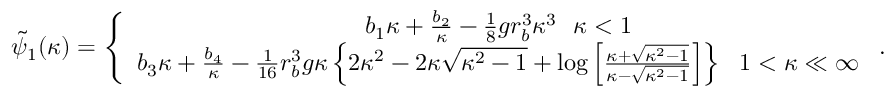
\begin{array} { r } { \tilde { \psi } _ { 1 } ( \kappa ) = \left\{ \begin{array} { c } { b _ { 1 } \kappa + \frac { b _ { 2 } } { \kappa } - \frac { 1 } { 8 } g r _ { b } ^ { 3 } \kappa ^ { 3 } ~ ~ \kappa < 1 } \\ { b _ { 3 } \kappa + \frac { b _ { 4 } } { \kappa } - \frac { 1 } { 1 6 } r _ { b } ^ { 3 } g \kappa \left\{ 2 \kappa ^ { 2 } - 2 \kappa \sqrt { \kappa ^ { 2 } - 1 } + \log \left[ \frac { \kappa + \sqrt { \kappa ^ { 2 } - 1 } } { \kappa - \sqrt { \kappa ^ { 2 } - 1 } } \right] \right\} ~ ~ 1 < \kappa \ll \infty } \end{array} \right. . } \end{array}